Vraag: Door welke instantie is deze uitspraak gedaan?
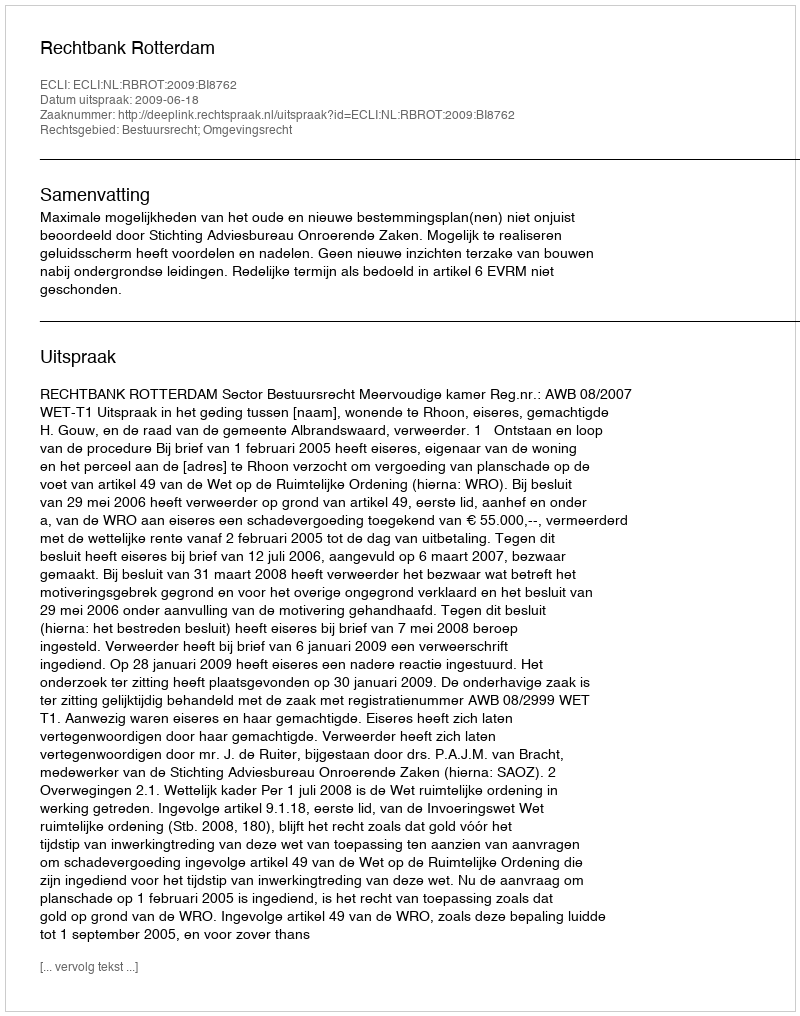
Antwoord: Rechtbank Rotterdam